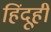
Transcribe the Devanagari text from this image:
हिंदूही